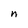
Character: n